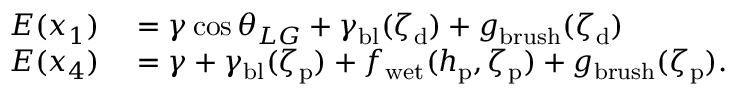
\begin{array} { r l } { E ( x _ { 1 } ) } & { { } = \gamma \cos { \theta _ { L G } } + \gamma _ { \mathrm { b l } } ( \zeta _ { \mathrm { d } } ) + g _ { \mathrm { b r u s h } } ( { \zeta _ { \mathrm { d } } } ) } \\ { E ( x _ { 4 } ) } & { { } = \gamma + \gamma _ { \mathrm { b l } } ( \zeta _ { \mathrm { p } } ) + f _ { \mathrm { w e t } } ( h _ { \mathrm { p } } , \zeta _ { \mathrm { p } } ) + g _ { \mathrm { b r u s h } } ( { \zeta _ { \mathrm { p } } } ) . } \end{array}